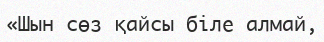
«Шын сөз қайсы біле алмай,